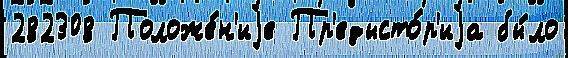
282308 Положе́н'иjе Пр'едысто́р'иjа бы́ло